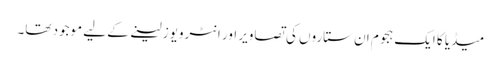
میڈیا کا ایک ہجوم ان ستاروں کی تصاویر اور انٹرویوز لینے کے لیے موجود تھا۔